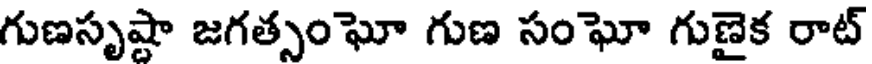
గుణసృష్టా జగత్సంఘో గుణ సంఘో గుణైక రాట్